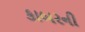
કાબરની